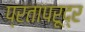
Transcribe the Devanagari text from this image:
प्रतापरूद्र